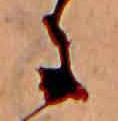
に